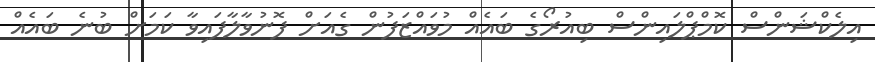
އިލެކްޝަންސް ކޮމްޕްލައިންސް ބިއުރޯގެ ބައެއް މުވައްޒަފުން ގެއަށް ފޮނުވާލާފައިވާ ކަމަށް ބުނެ ބައެއް